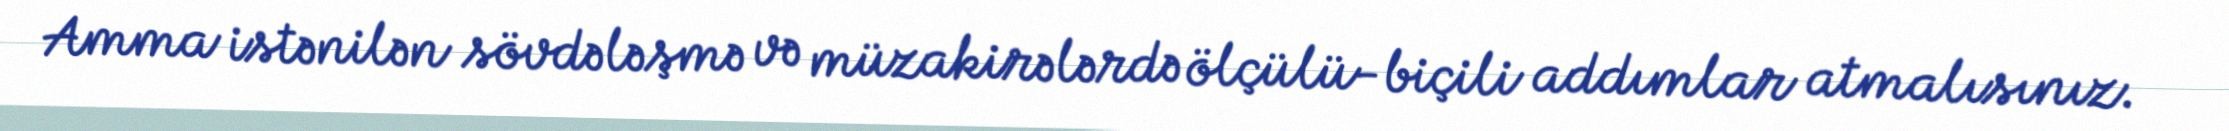
Amma istənilən sövdələşmə və müzakirələrdə ölçülü-biçili addımlar atmalısınız.